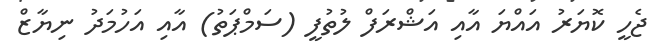
ޖެހީ ކޮޔަރު އައްޔަ އާއި އަޝްރަފް ލުތުފީ (ސަމްޕަތު) އާއި އަހުމަދު ނިޔާޒް